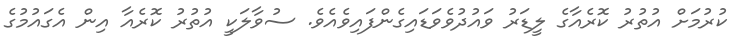
ކުރުމަށް އުތުރު ކޮރެއާގެ ލީޑަރު ވައުުުދުވެވަޑައިގެންފައިވެއެވެ. ސުވާލަކީ އުތުރު ކޮރެއާ އިން އެގައުމުގެ